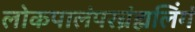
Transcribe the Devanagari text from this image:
लोकपालंपरब्रंह्मलिंगं